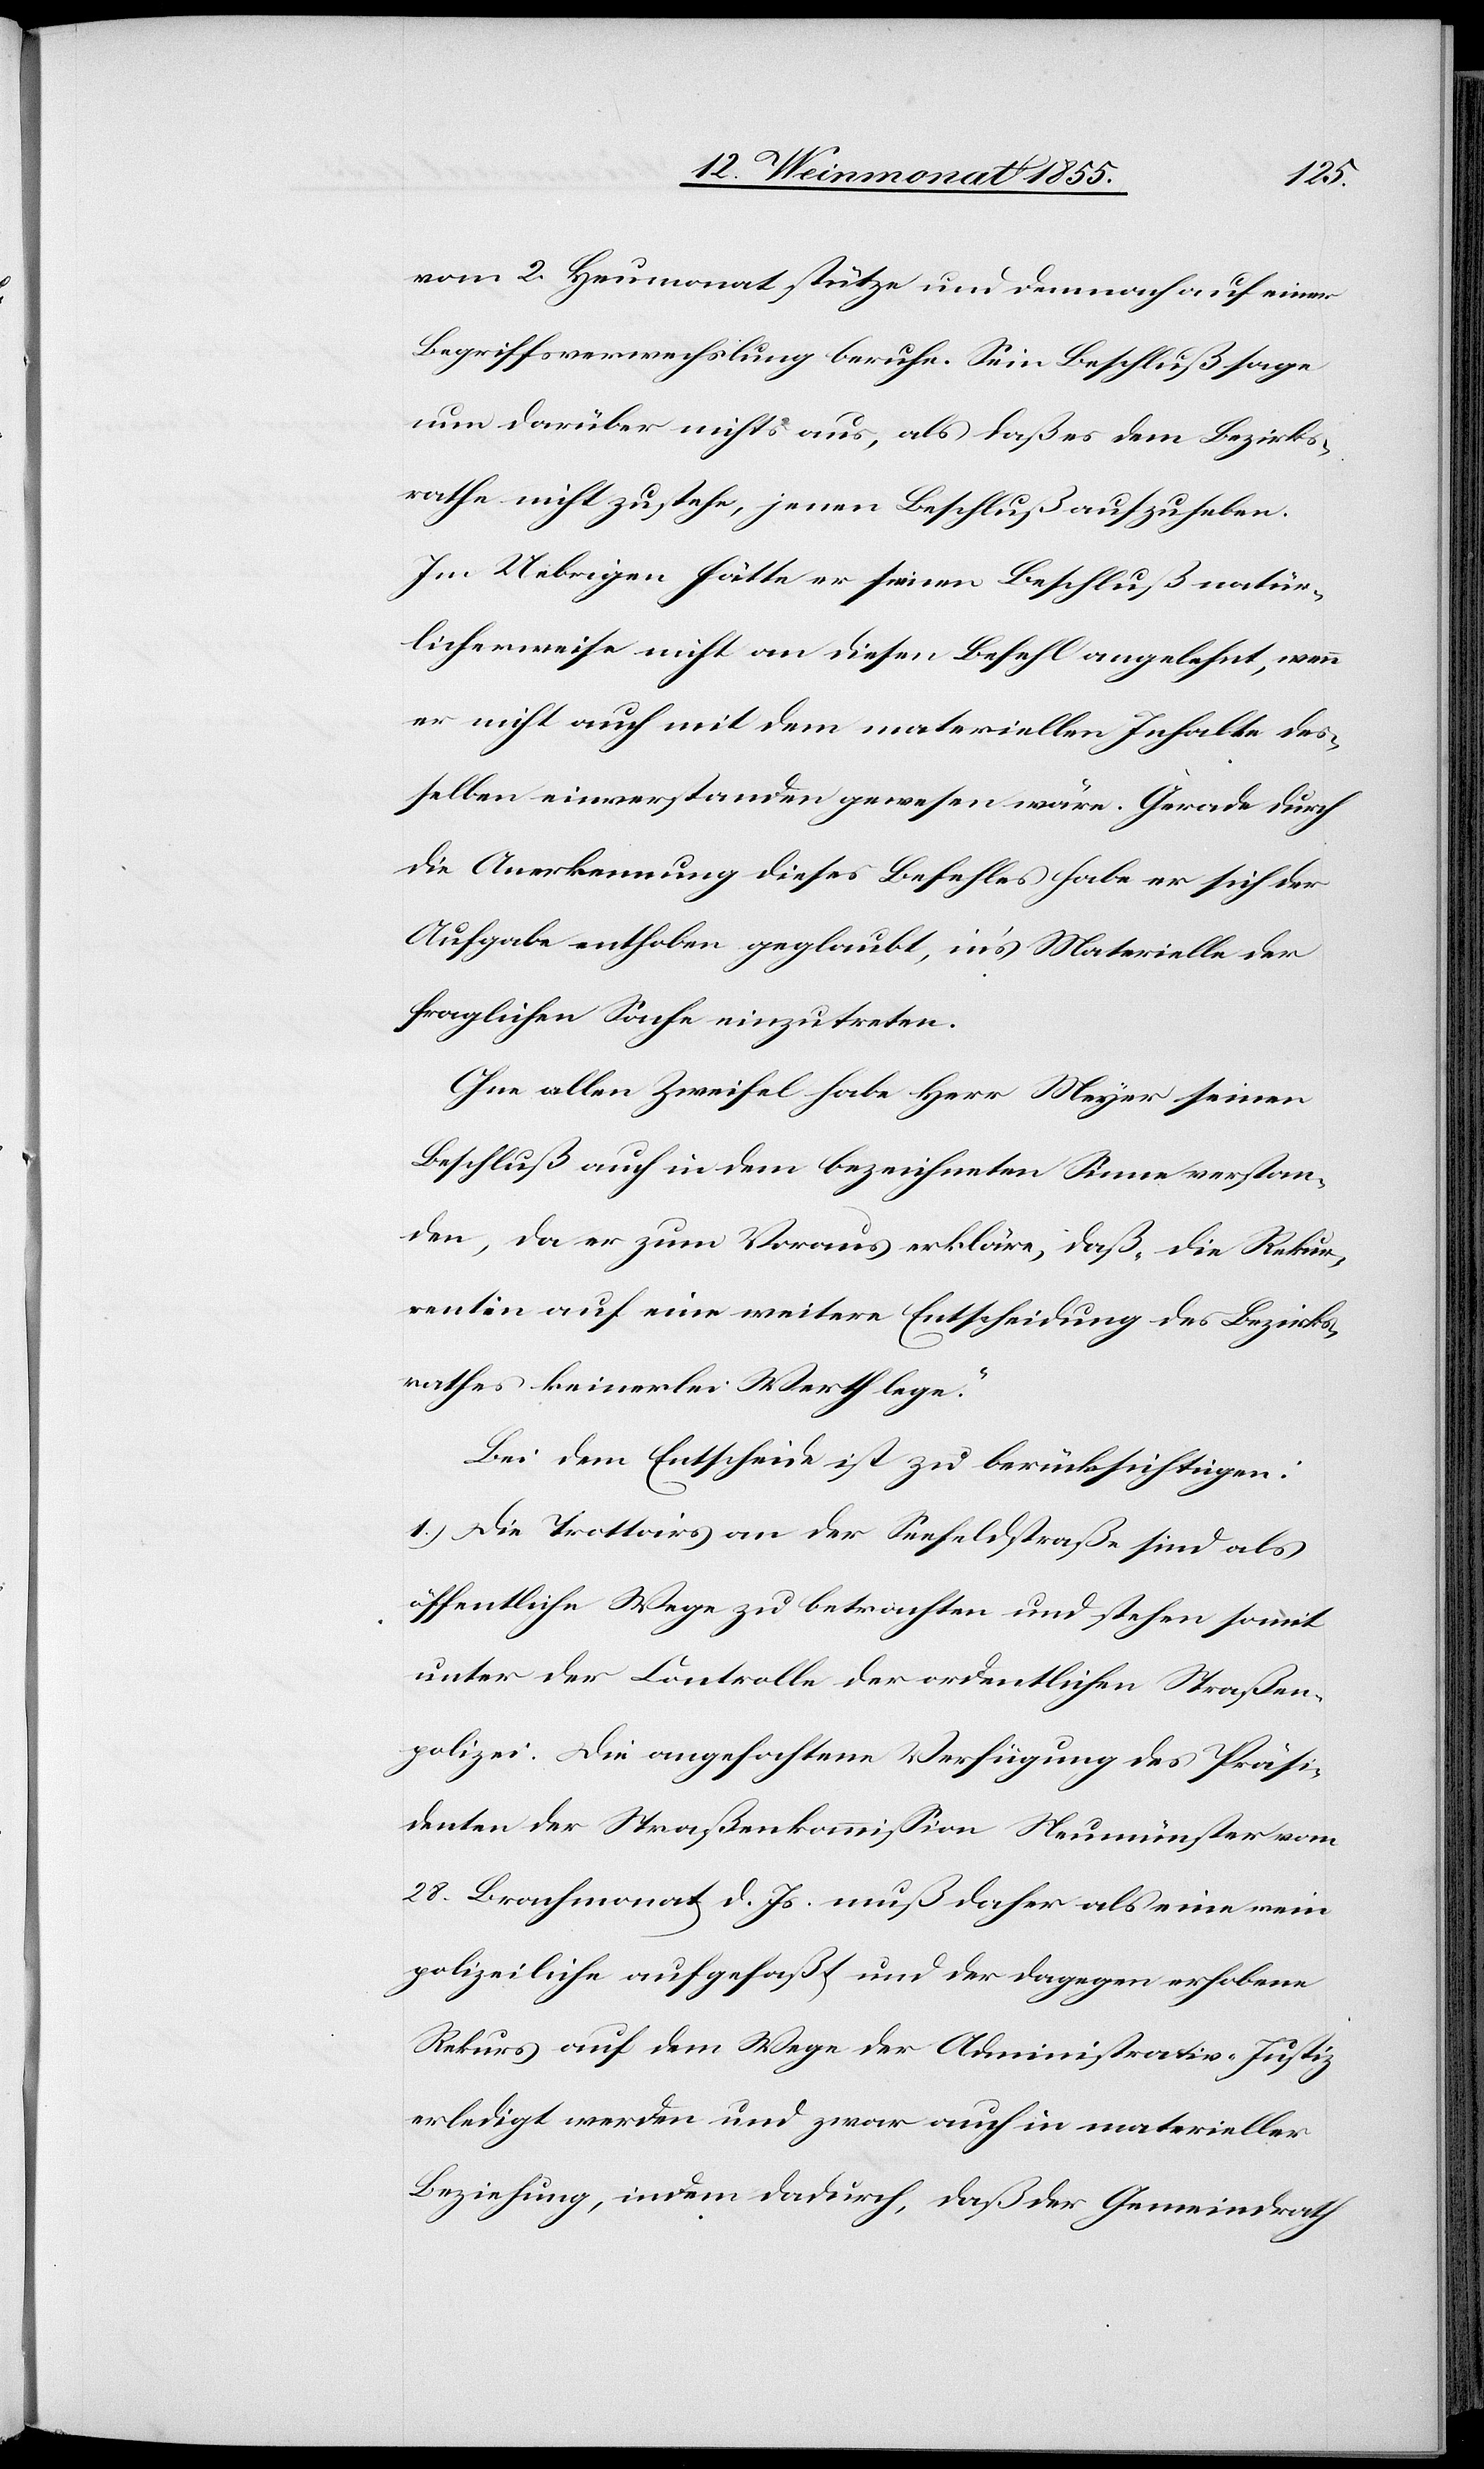
vom 2. Heumonat stütze und demnach auf einer
Begriffsverwechslung beruhe. Sein Beschluß sage
nun darüber nichts aus, als daß es dem Bezirks¬
rathe nicht zustehe, jenen Beschluß aufzuheben.
Im Uebrigen hätte er seinen Beschluß natür¬
licherweise nicht an diesen Befehl angelehnt, wenn
er nicht auch mit dem materiellen Inhalte des¬
selben einverstanden gewesen wäre. Gerade durch
die Anerkennung dieses Befehles habe er sich der
Aufgabe enthoben geglaubt, in’s Materielle der
fraglichen Sache einzutreten.
Ohne allen Zweifel habe Herr Meyer seinen
Beschluß auch in dem bezeichneten Sinne verstan¬
den, da er zum Voraus erkläre, daß „die Rekur¬
rentin auf eine weitere Entscheidung des Bezirks¬
rathes keinerlei Werth lege.“
Bei dem Entscheide ist zu berücksichtigen:
1.) Die Trottoirs an der Seefeldstraße sind als
öffentliche Wege zu betrachten und stehen somit
unter der Controlle der ordentlichen Straßen¬
polizei. Die angefochtene Verfügung des Präsi¬
denten der Straßenkommission Neumünster vom
28. Brachmonat d. Js. muß daher als eine rein
polizeiliche aufgefaßt und der dagegen erhobene
Rekurs auf dem Wege der Administrativ-Justiz
erledigt werden und zwar auch in materieller
Beziehung, indem dadurch, daß der Gemeindrath